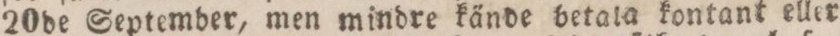
20de September, men mindre kände betala kontant eller